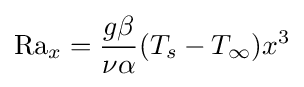
\mathrm {Ra} _{x}={\frac {g\beta }{\nu \alpha }}(T_{s}-T_{\infty })x^{3}